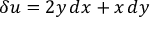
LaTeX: \delta u = 2 y \, d x + x \, d y